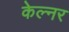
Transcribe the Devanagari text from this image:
केल्नर